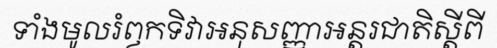
ទាំងមូលរំឭកទិវាអនុសញ្ញាអន្តរជាតិស្តីពី